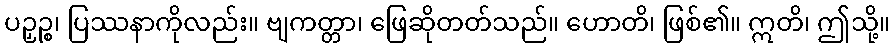
ပဉှဉ္စ၊ ပြဿနာကိုလည်း။ ဗျကတ္တာ၊ ဖြေဆိုတတ်သည်။ ဟောတိ၊ ဖြစ်၏။ ဣတိ၊ ဤသို့။